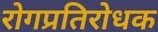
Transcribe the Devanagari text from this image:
रोगप्रतिरोधक